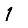
Digit: 1